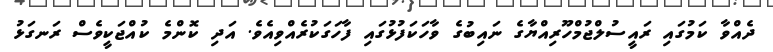
ދެއްވާ ކަމުގައި ރައީސުލްޖުމްހޫރިއްޔާގެ ނައިބުގެ ވާހަކަފުޅުގައި ފާހަގަކުރެއްވިއެވެ. އަދި ކޮންމެ ކުއްޖަކީވެސް ރަނގަޅު